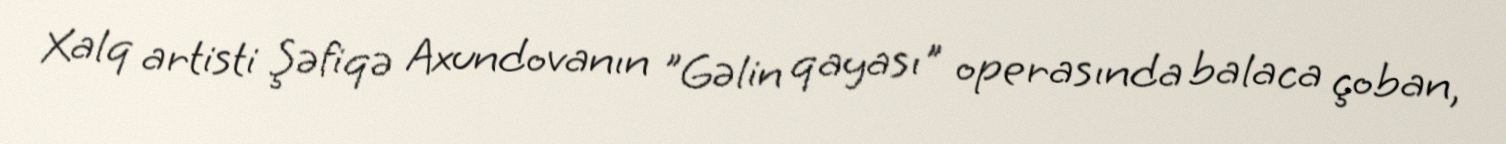
Xalq artisti Şəfiqə Axundovanın "Gəlin qayası" operasında balaca çoban,